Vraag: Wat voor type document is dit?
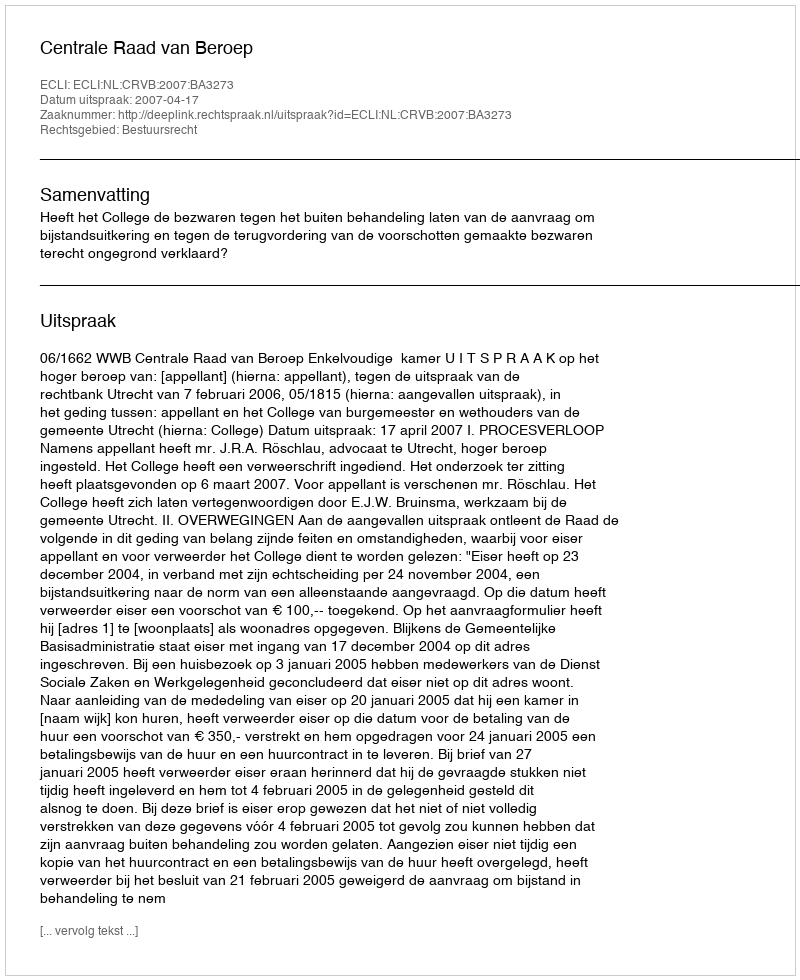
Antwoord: Uitspraak